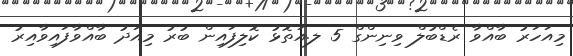
މިއަހަރު ބާއްވާ ރެޑްބުލް ވިނިންގް 5 ލ.އަތޮޅު ކޮލިފައިން ބުރު މިއަދު ބާއްވާފައިވާއިރު